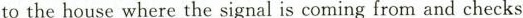
to the house where the signal is coming from and checks